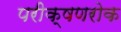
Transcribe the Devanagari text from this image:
परीक्षणरोक